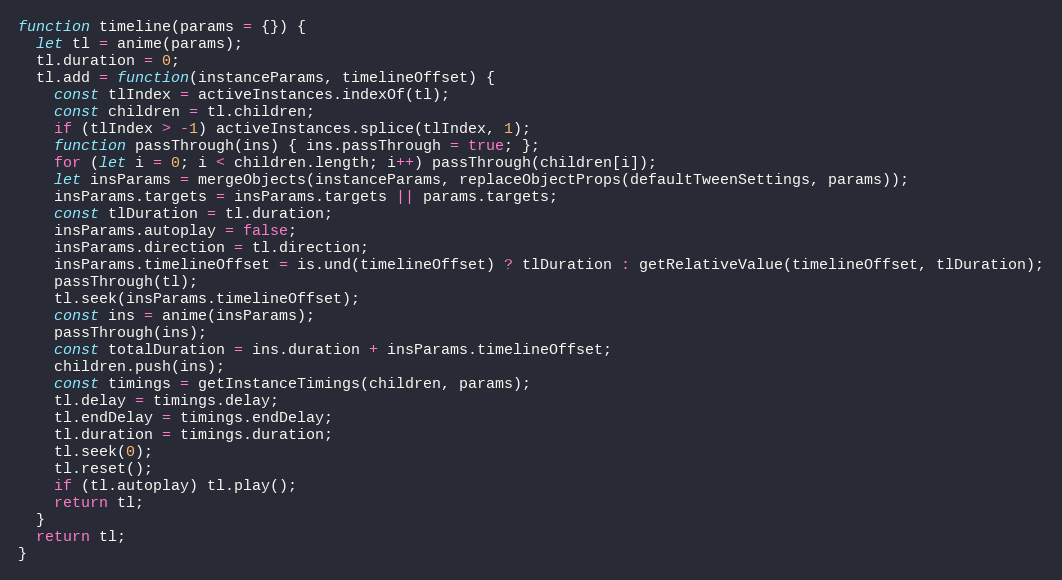
Language: JavaScript
function timeline(params = {}) {
  let tl = anime(params);
  tl.duration = 0;
  tl.add = function(instanceParams, timelineOffset) {
    const tlIndex = activeInstances.indexOf(tl);
    const children = tl.children;
    if (tlIndex > -1) activeInstances.splice(tlIndex, 1);
    function passThrough(ins) { ins.passThrough = true; };
    for (let i = 0; i < children.length; i++) passThrough(children[i]);
    let insParams = mergeObjects(instanceParams, replaceObjectProps(defaultTweenSettings, params));
    insParams.targets = insParams.targets || params.targets;
    const tlDuration = tl.duration;
    insParams.autoplay = false;
    insParams.direction = tl.direction;
    insParams.timelineOffset = is.und(timelineOffset) ? tlDuration : getRelativeValue(timelineOffset, tlDuration);
    passThrough(tl);
    tl.seek(insParams.timelineOffset);
    const ins = anime(insParams);
    passThrough(ins);
    const totalDuration = ins.duration + insParams.timelineOffset;
    children.push(ins);
    const timings = getInstanceTimings(children, params);
    tl.delay = timings.delay;
    tl.endDelay = timings.endDelay;
    tl.duration = timings.duration;
    tl.seek(0);
    tl.reset();
    if (tl.autoplay) tl.play();
    return tl;
  }
  return tl;
}